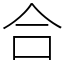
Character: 合